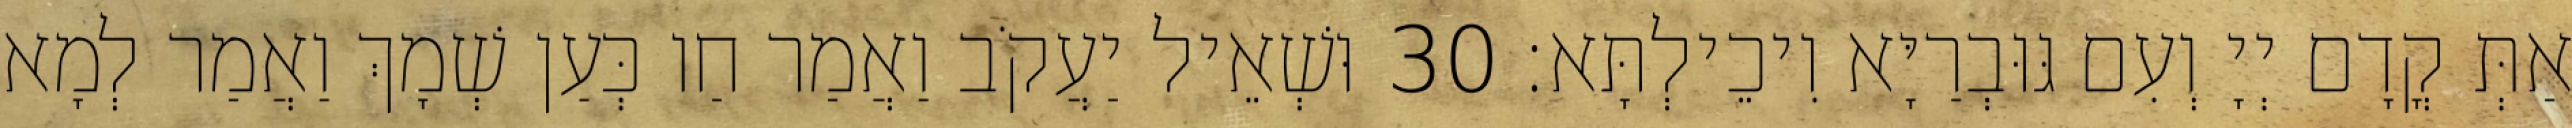
אַתְּ קֳדָם יְיָ וְעִם גּוּבְרַיָּא וִיכֵילְתָּא׃ 30 וּשְׁאֵיל יַעֲקֹב וַאֲמַר חַו כְּעַן שְׁמָךְ וַאֲמַר לְמָא